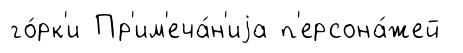
го́рк'и Пр'им'еча́н'иjа п'ерсона́жей